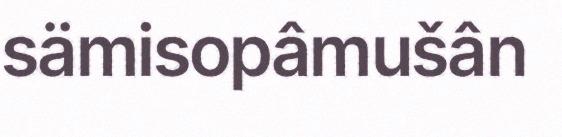
sämisopâmušân